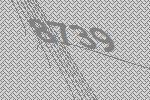
8739